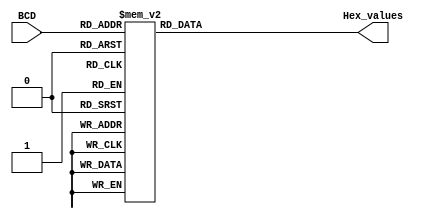
/* 
		BCDtoSevenSeg Module 
		By: Harith S. Ibrahim
		Date: 14, May, 2022
		**Takes the corresponding digits and outputs the hex 7-segment representation of it**
*/
module BCDtoSevenSeg (

	input [3:0] BCD , 				
	output reg [6:0] Hex_values
);
always @ ( * )


    case( BCD )//checks for BCD values 
	 
		0 : Hex_values = 7'b0000001 ;//Digit zero
		
		1 : Hex_values = 7'b1001111 ;//Digit One
		
		2 : Hex_values = 7'b0010010 ;//Digit Two
		
		3 : Hex_values = 7'b0000110 ;//Digit Three
		
		4 : Hex_values = 7'b1001100 ;//Digit Four
		
		5 : Hex_values = 7'b0100100 ;//Digit Five
		
		6 : Hex_values = 7'b0100000 ;//Digit Six
		
		7 : Hex_values = 7'b0001101 ;//Digit Seven
		
		8 : Hex_values = 7'b0000000 ;//Digit Eight
		
		9 : Hex_values = 7'b0000100 ;//Digit Nine
		
       default: Hex_values = 7'b0000000 ;//off by default
   endcase	
  
endmodule